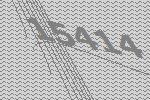
15414